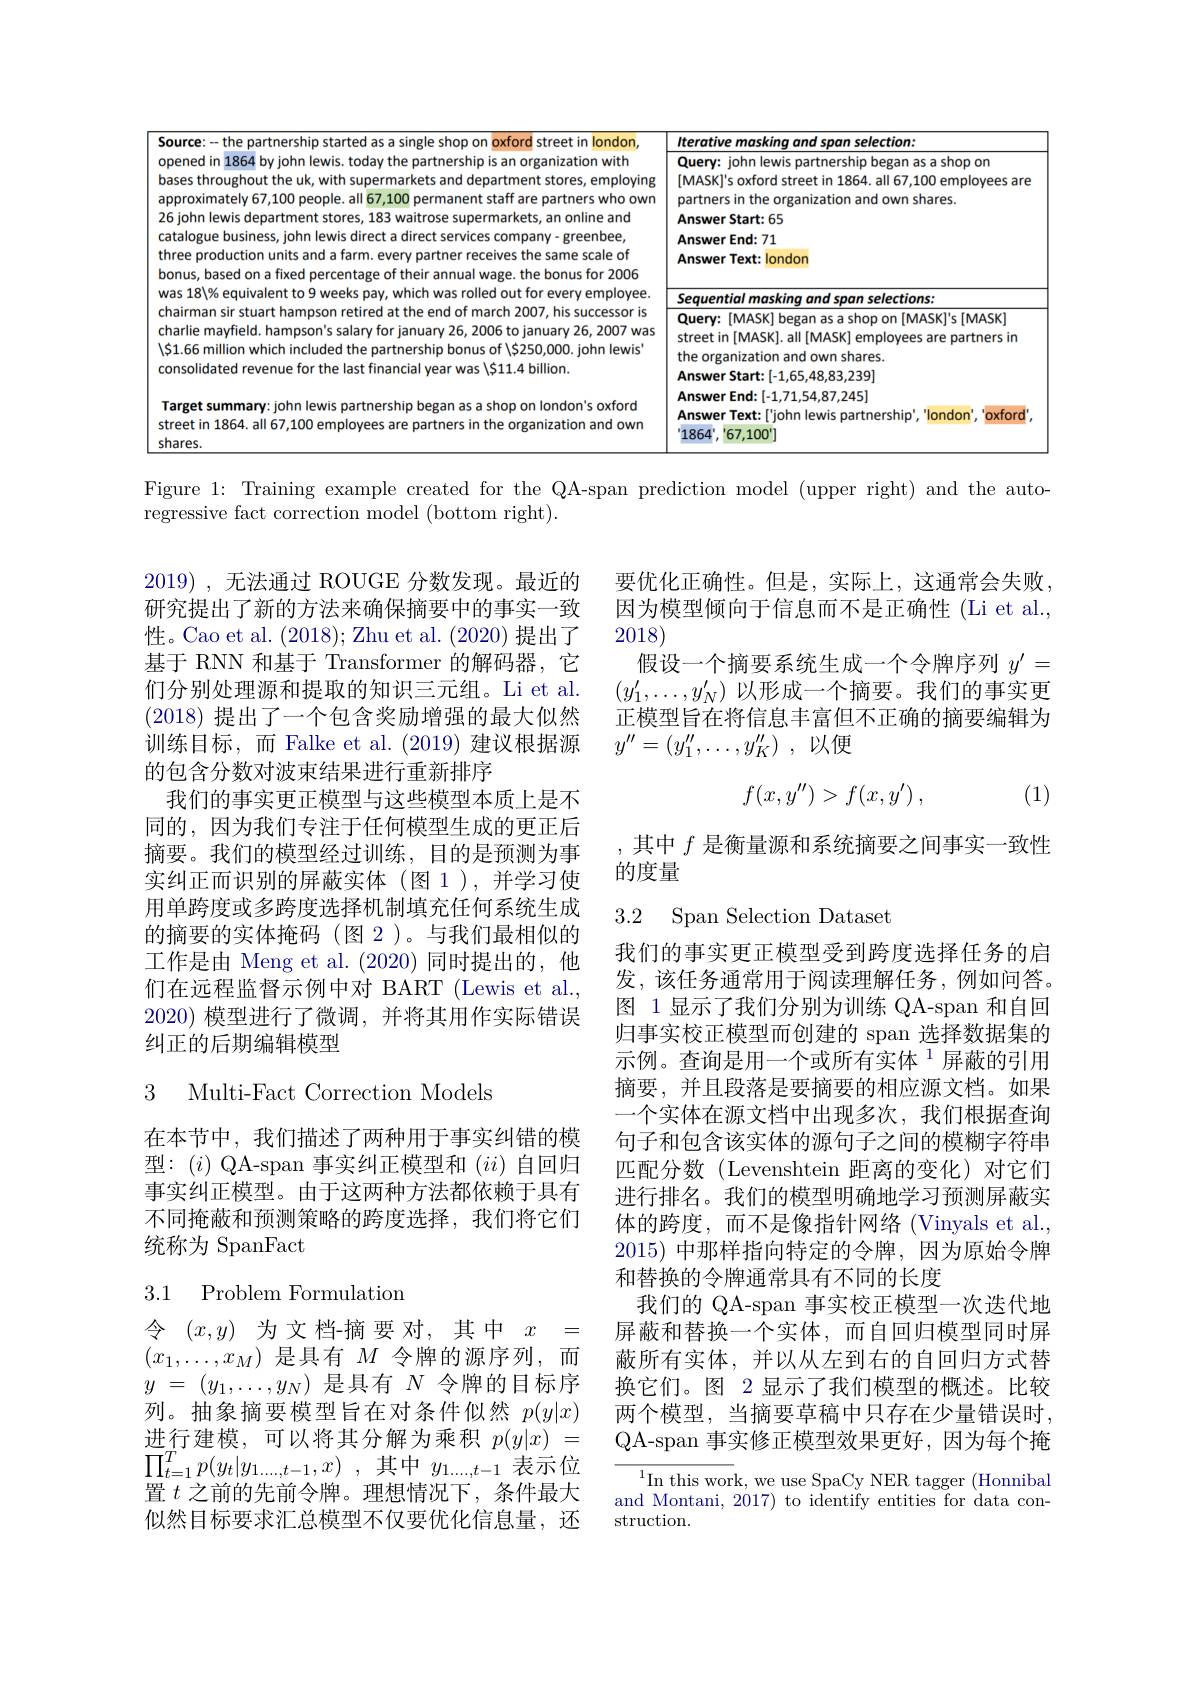
26
<table>
	<tbody>
		<tr>
			<td>narthershin srarren asa street in rlondon</td>
			<td>terntive oan selection:</td>
		</tr>
		<tr>
			<td>ened in 1864 by john lewis. today the partnership is an organization with ses throughout the uk, with supermarkets and department stores, employing proximately 67,100 people. all 67,100 permanent staff are partners who own john lewis department stores, 183 waitrose supermarkets, an online and talogue business, john lewis direct a direct services company- greenbee, ree production units and a farm. every partner receives the same scale of nus, based on a fixed percentage of their annual wage. the bonus for 2006</td>
			<td>Query: john lewis partnership began as a shop on [MASK$]^\prime$s oxford street in 1864. all 67, 100 employees are partners in the organization and own shares. Answer Start:65 Answer End: 71 Answer Text: london</td>
		</tr>
		<tr>
			<td>5181% ed out tor e every employee</td>
			<td>Sequential masking and span selections:</td>
		</tr>
		<tr>
			<td>airman sir stuart hampson retired at the end of march 2007, his successor is arlie mayfield. hampson's salary for january 26, 2006 to january 26, 2007 was 1.66 million which included the partnership bonus of \S250,000. john lewis nsolidated revenue for the last financial year was \S11.4 billion.</td>
			<td>Query: [MASK] began as a shop on [MASK]'s [MASK] street in [MASK]. all [MASK] employees are partners in the organization and own shares. Answer Start:[-1,65,48,83,239]</td>
		</tr>
	</tbody>
</table>

Figure 1: Training example created for the QA-span prediction model (upper right) and the auto-

regressive fact correction model (bottom right).

要优化正确性。但是，实际上，这通常会失败， 因为模型倾向于信息而不是正确性(Li et al., 2018)
假设一个摘要系统生成一个令牌序列$y^{\prime}=$ $(y_1^{\prime},\ldots,y_N^{\prime})$以形成一个摘要。我们的事实更正模型旨在将信息丰富但不正确的摘要编辑为$y^{\prime \prime }= ( y_1^{\prime \prime }, \ldots , y_K^{\prime \prime })$ ,以便
$$f(x,y'')>f(x,y')\:,$$
(1)

2019) , 无法通过 ROUGE 分数发现。最近的研究提出了新的方法来确保摘要中的事实一致性。Cao et al. (2018);Zhu et al. (2020)提出了基于 RNN 和基于 Transformer 的解码器，它们分别处理源和提取的知识三元组。Li et al. (2018)提出了一个包含奖励增强的最大似然训练目标，而 Falke et al. (2019) 建议根据源的包含分数对波束结果进行重新排序
我们的事实更正模型与这些模型本质上是不同的，因为我们专注于任何模型生成的更正后摘要。我们的模型经过训练，目的是预测为事实纠正而识别的屏蔽实体(图1),并学习使用单跨度或多跨度选择机制填充任何系统生成的摘要的实体掩码(图 2 )。与我们最相似的工作是由 Meng et al.(2020)同时提出的，他们在远程监督示例中对 BART (Lewis et al., 2020)模型进行了微调，并将其用作实际错误纠正的后期编辑模型

,其中$f$是衡量源和系统摘要之间事实一致性
的度量

3 Multi-Fact Correction Models

在本节中，我们描述了两种用于事实纠错的模型：(i)QA-span 事实纠正模型和$(ii)$自回归事实纠正模型。由于这两种方法都依赖于具有不同掩蔽和预测策略的跨度选择，我们将它们统称为 SpanFact

我们的事实更正模型受到跨度选择任务的启发，该任务通常用于阅读理解任务，例如问答。图 1 显示了我们分别为训练 QA-span 和自回归事实校正模型而创建的 span 选择数据集的示例。查询是用一个或所有实体 1屏蔽的引用摘要，并且段落是要摘要的相应源文档。如果一个实体在源文档中出现多次，我们根据查询句子和包含该实体的源句子之间的模糊字符串匹配分数(Levenshtein 距离的变化)对它们进行排名。我们的模型明确地学习预测屏蔽实体的跨度，而不是像指针网络(Vinyals et al., 2015)中那样指向特定的令牌，因为原始令牌和替换的令牌通常具有不同的长度
我们的 QA-span 事实校正模型一次迭代地屏蔽和替换一个实体，而自回归模型同时屏蔽所有实体，并以从左到右的自回归方式替换它们。图 2 显示了我们模型的概述。比较两个模型，当摘要草稿中只存在少量错误时， QA-span 事实修正模型效果更好，因为每个掩

# 3.1 Problem Formulation

令$(x,y)$为文档-摘要对，其中$x=$ $(x_1,\ldots,x_M)$是具有$M$令牌的源序列，而$y$ = $( y_1, \ldots , y_N)$是具有$N$令牌的目标序列。抽象摘要模型旨在对条件似然$p(y|x)$ 进行建模，可以将其分解为乘积$p(y|x)=$ $\prod _{t= 1}^{T^{\prime }}p( y_{t}| y_{1\ldots \ldots , t- 1}, x)$ ,其中$y_{1\ldots,t-1}$表示位置$t$之前的先前令牌。理想情况下，条件最大似然目标要求汇总模型不仅要优化信息量，还

$^{1}$In this work, we use SpaCy NER tagger (Honnibal and Montani, 2017) to identify entities for data construction.